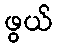
ဖွယ်